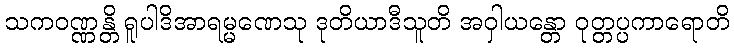
သကဝဏ္ဏန္တိ ရူပါဒိအာရမ္မဏေသု ဒုတိယာဒီသူတိ အဝှါယန္တော ဝုတ္တပ္ပကာရောတိ